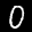
Label: 0